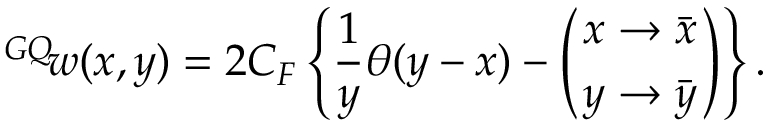
{ ^ { G Q } \! w } ( x , y ) = 2 C _ { F } \left\{ \frac { 1 } { y } \theta ( y - x ) - \left( { x \to \bar { x } \atop y \to \bar { y } } \right) \right\} .